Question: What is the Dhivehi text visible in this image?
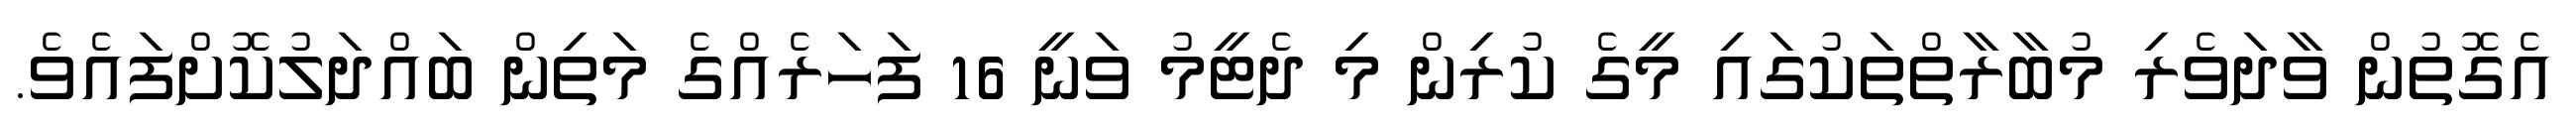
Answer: އެގޮތުން ވާދަވެރި މުބާރާތްތަކުގައި މީގެ ކުރިން މި ދެޓީމު ވަނީ 16 ފަހަރެއްގެ މަތިން ބައްދަލުކޮށްފައެވެ.